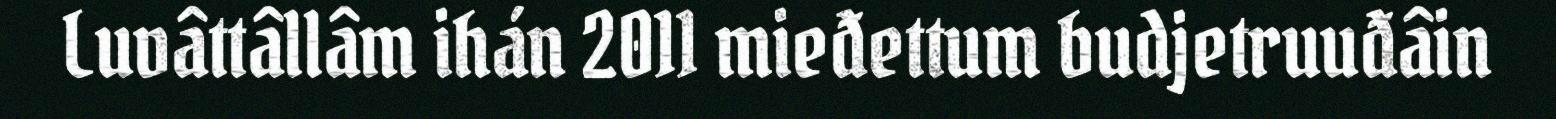
Luvâttâllâm ihán 2011 mieđettum budjetruuđâin